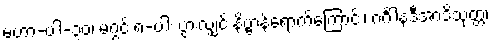
မဟာ-ပါ-၃၀၊ မဂ္ဂင် ၈-ပါး ပွားလျှင် နိဗ္ဗာန်ရောက်ကြောင်း၊ ဂင်္ဂါနဒီအာဒိသုတ္တ၊